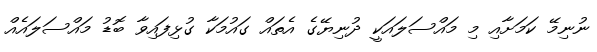
ނުނިމޭ ކަމަށާއި މި މައްސަލައަކީ ދުނިޔޭގެ އެތައް ގައުމަކާ ގުޅިފައިވާ ބޮޑު މައްސަލައެއް